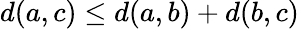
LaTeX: d(a,c)\leq d(a,b)+d(b,c)